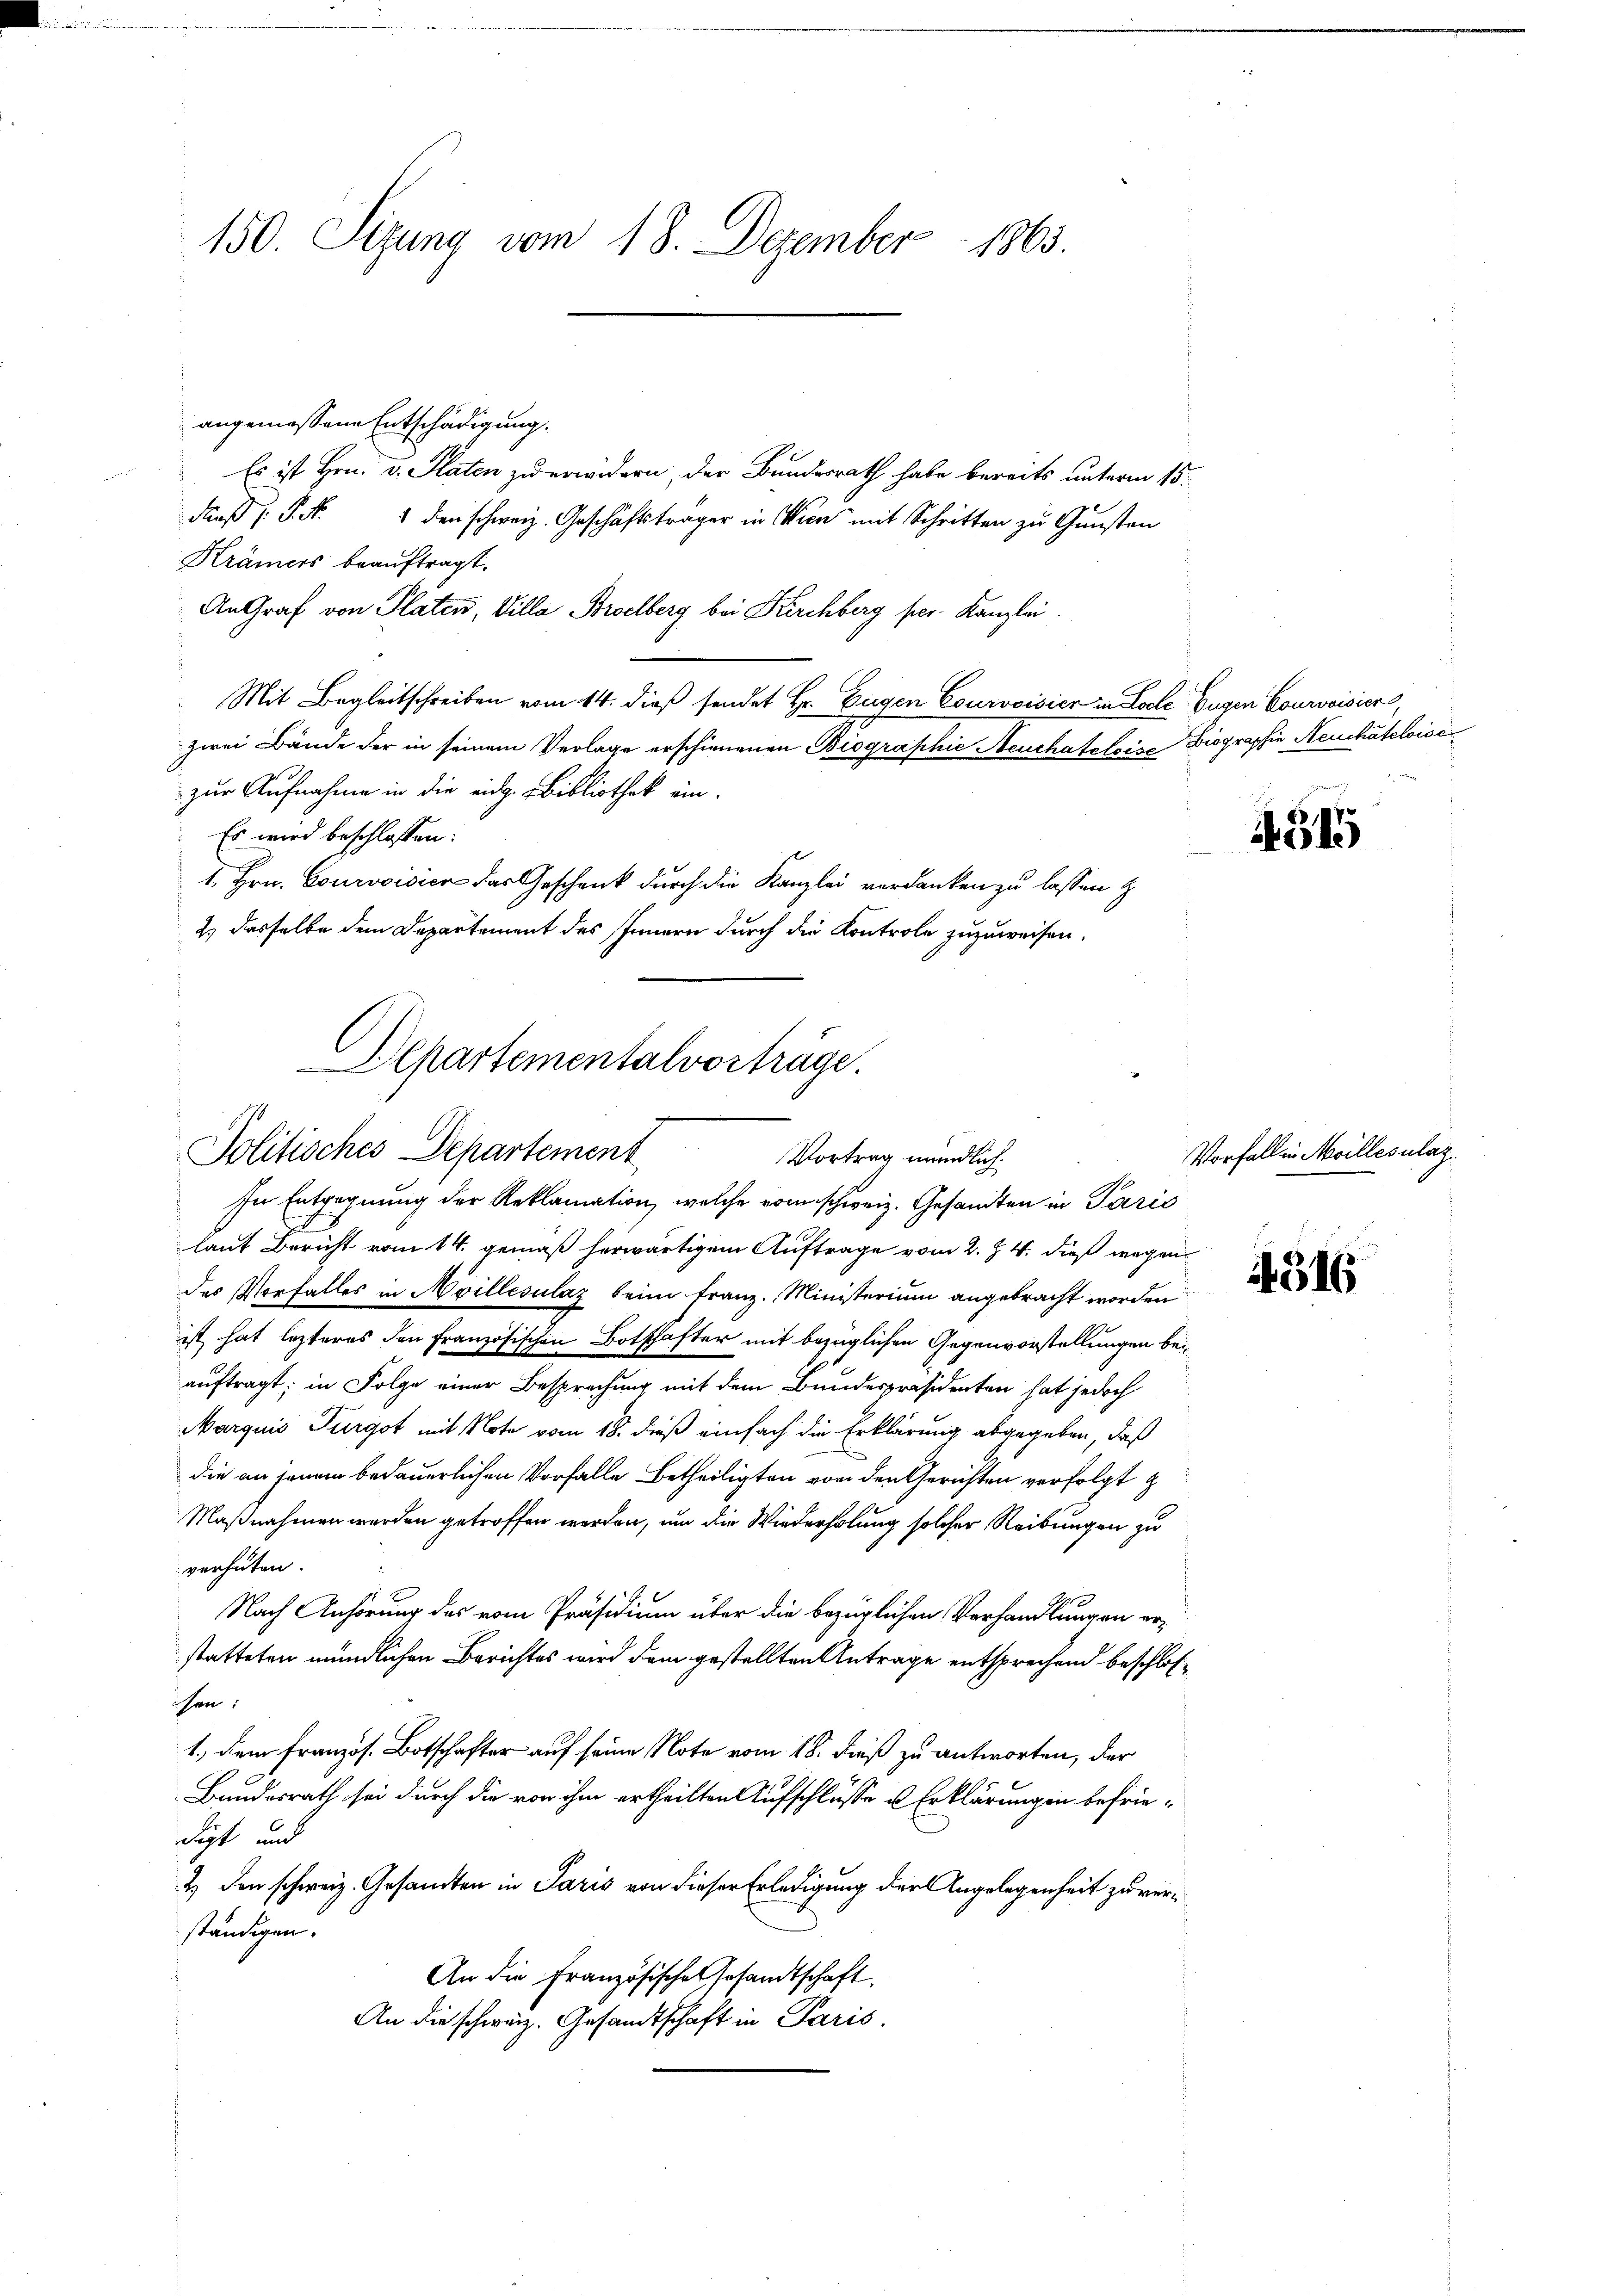
150. Sizung vom 18. Dezember 1863.

angemessene Entschädigung.
Es ist Hrn. v. Platen zu erwidern, der Bundesrath habe bereits unterm 15.
daß P. Nr. 1 den schweiz. Geschäftsträger in Wien mit Schritten zu Gunsten
Krämers beauftragt.
An Graf von Platen, Villa Broelberg bei Kirchberg per Kanzlei.
Mit Begleitschreiben vom 14. dieß sendet Hr. Eugen Courvoisier in Loche Eugen Courvoisier,
zwei Bände der in seinem Verlage erschienenen Biographie Neuchateloise Biographie Neuchateloise
zur Aufnahme in die eidg. Bibliothek ein.
Es wird beschlossen:
1. Hrn. Courvoisier das Geschenk durch die Kanzlei verdanken zu lassen z
2) dasselbe dem Departement des Innern durch die Kontrole zuzuweisen.

Departementalvorträge.
Politisches Departement
Vortrag mündlich
Im Entgegnung der Reklamation, welche vom schweiz. Gesandten in Paris

laut Bericht vom 14. gemäß herwärtigen Auftrage vom 2. Z. 4. dieß wegen
des Vorfalles in Moillesulaz beim Franz. Ministerium angebracht worden
ist hat lezteres den Französischen Botschafter mit bezüglichen Gegenvorstellungen beauftragt; in Folge einer Besprechung mit dem Bundespräsidenten hat jedoch
Marquis Turgot mit Note vom 18. dieß einfach die Erklärung abgegeben, daß
die an jenem bedauerlichen Vorfalle betheiligten von den Gerichten verfolgt z
Maßnahmen werden getroffen werden, um die Wiederholung solcher Reibungen zu
verhüten.
Nach Anhörung des vom Präsidium über die bezüglichen Verhandlungen erstatteten mündlichen Berichtes wird dem gestellten Antrage entsprechend beschlosissen:
1., dem französ. Botschafter auf seine Note vom 18. dieß zu antworten, der
Bundesrath sei durch die von ihm ertheilten Aufschlüsse u Erklärungen befriedigt und
2 den schweiz. Gesandten in Paris von dieser Erledigung der Angelegenheit zu verständigen.
An die Französisches Gesandtschaft.
An die schweiz. Gesandtschaft in Paris,

4315

Vorfall in Meillesulaz

4316